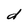
Character: d